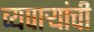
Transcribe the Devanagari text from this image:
व्यपाऱ्यांची